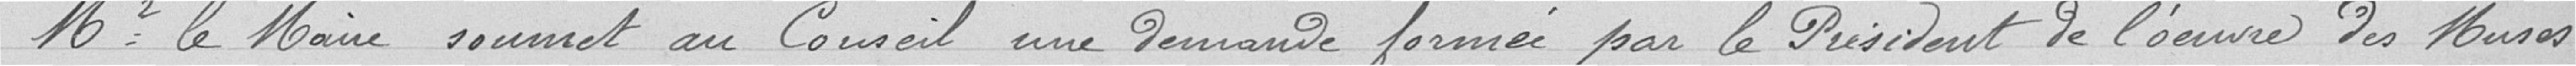
Monsieur le maire soumet au conseil une demande formée par le président de l’œuvre des Muses,